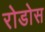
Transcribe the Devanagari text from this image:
रोडोस